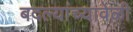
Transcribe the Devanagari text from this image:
बदल्यांच्यावेळी